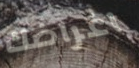
اغراضك